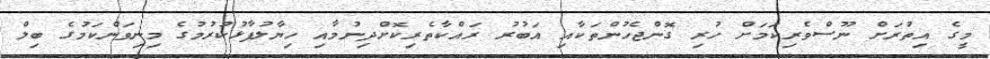
މީގެ އިތުރަށް ނޫސްވެރިކަމަށް ހުރި ގޮންޖެހުންތަކާއި އަބުރު ރައްކާތެރިކޮށްދިނުމާއި ހިޔާލުފާޅުކުރުމުގެ މިނިވަންކަމުގެ ބިލް